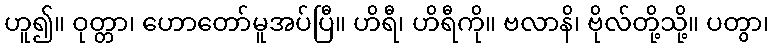
ဟူ၍။ ဝုတ္တာ၊ ဟောတော်မူအပ်ပြီ။ ဟိရီ၊ ဟိရီကို။ ဗလာနိ၊ ဗိုလ်တို့သို့။ ပတွာ၊